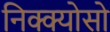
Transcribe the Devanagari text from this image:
निक्क्योसो